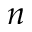
n